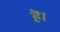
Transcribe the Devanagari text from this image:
हॆ।